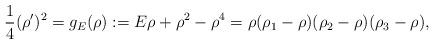
LaTeX: \begin{align*}\frac{1}{4} (\rho')^2 = g_E(\rho) := E \rho + \rho^2 - \rho^4 = \rho (\rho_1 - \rho) (\rho_2 - \rho) (\rho_3 - \rho),\end{align*}